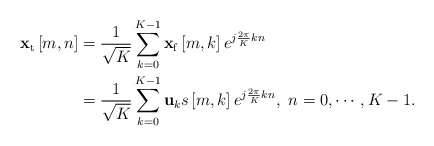
\begin{align*} \begin{aligned} {{\bf{x}}_{\rm t}}\left[ {m,n} \right] &= \frac{1}{{\sqrt K }}\sum\limits_{k = 0}^{K - 1} {{{\bf{x}}_{\rm f}}\left[ {m,k} \right]{e^{j\frac{{2\pi }}{K}kn}}}\\ &= \frac{1}{{\sqrt K }}\sum\limits_{k = 0}^{K - 1} {{{\bf{u}}_k}s\left[ {m,k} \right]{e^{j\frac{{2\pi }}{K}kn}}},\ n = 0, \cdots ,K - 1. \end{aligned} \end{align*}